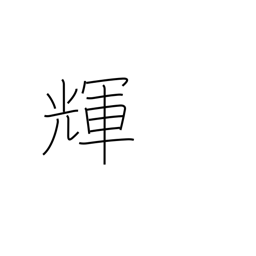
Meaning: gleam